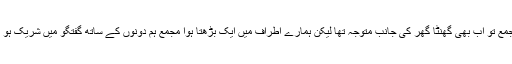
باقی مجمع تو اب بھی گھنٹا گھر کی جانب متوجہ تھا لیکن ہمارے اطراف میں ایک بڑھتا ہوا مجمع ہم دونوں کے ساتھ گفتگو میں شریک ہو گیا تھا۔